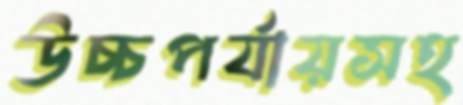
উচ্চপর্যায়সহ